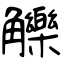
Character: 觻